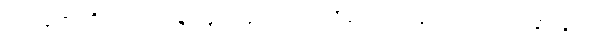
ဝေဒနာဇာတိကာ၊ ဝေဒနာလျှင် ဖြစ်ကြောင်းရှိ၏။ ဝေဒနာပဘဝါ၊ ဝေဒနာလျှင်